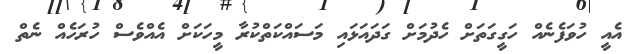
އެއީ ހުވަފެނެއް ހަގީގަތަށް ހެދުމަށް ގަދައަޅައި މަސައްކަތްކުރާ މީހަކަށް އެއްވެސް ހުރަހެއް ނެތް